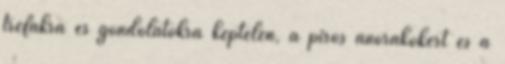
tréfákra és gondolatokra képtelen, a piros anorákokért és a